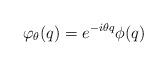
LaTeX: \begin{align*}\varphi_{\theta}(q)=e^{-i\theta q}\phi(q) \end{align*}